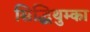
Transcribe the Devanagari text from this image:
सिद्धिथुम्का